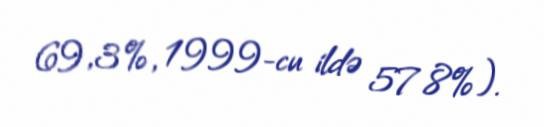
69,3%, 1999-cu ildə 57.8%).